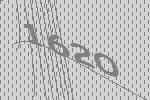
1620